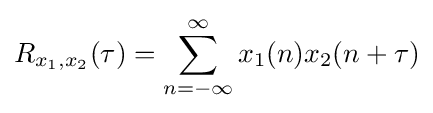
R_{x_{1},x_{2}}(\tau )=\sum _{n=-\infty }^{\infty }x_{1}(n)x_{2}(n+\tau )